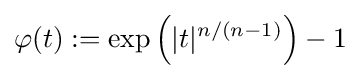
\varphi (t):=\exp \left(|t|^{n/(n-1)}\right)-1